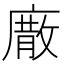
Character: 𢊰